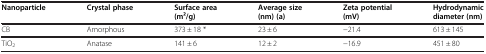
| Nanoparticle | Crystal phase | Surface area (m2/g) | Average size (nm) (a) | Zeta potential (mV) | Hydrodynamic diameter (nm) |
 | --- | --- | --- | --- | --- | --- |
 | CB | Amorphous | 373 ± 18 * | 23 ± 6 | −21.4 | 613 ± 145 |
 | TiO2 | Anatase | 141 ± 6 | 12 ± 2 | −16.9 | 451 ± 80 |